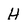
Character: H